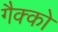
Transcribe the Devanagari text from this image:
गैक्को